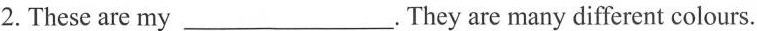
2.These are my___. They are many different colours.